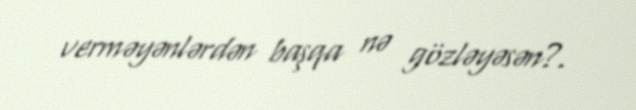
verməyənlərdən başqa nə gözləyəsən?.